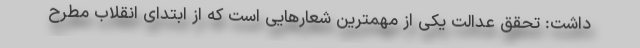
داشت: تحقق عدالت یکی از مهمترین شعارهایی است که از ابتدای انقلاب مطرح